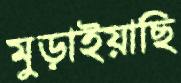
মুড়াইয়াছি